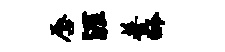
唇涯普龄